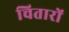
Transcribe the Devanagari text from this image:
चितारों